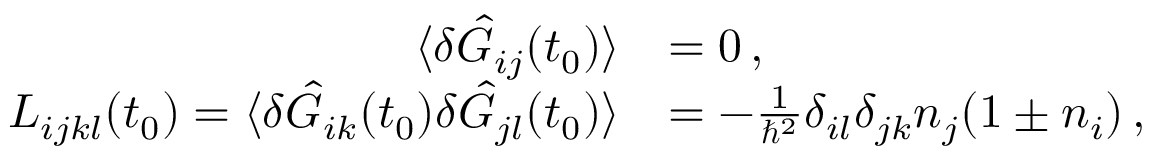
\begin{array} { r l } { \langle \delta \hat { G } _ { i j } ( t _ { 0 } ) \rangle } & { = 0 \, , } \\ { L _ { i j k l } ( t _ { 0 } ) = \langle \delta \hat { G } _ { i k } ( t _ { 0 } ) \delta \hat { G } _ { j l } ( t _ { 0 } ) \rangle } & { = - \frac { 1 } { \hbar ^ { 2 } } \delta _ { i l } \delta _ { j k } n _ { j } ( 1 \pm n _ { i } ) \, , \quad } \end{array}